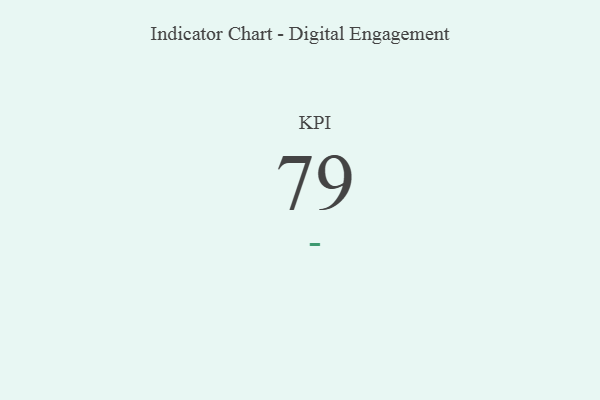
{"axis": {"x": "KPI", "y": "Value"}, "legend": [""], "data": [{"x": "KPI", "y": 79, "type": ""}]}